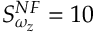
S _ { \omega _ { z } } ^ { N F } = 1 0 \